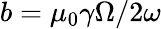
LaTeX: b=\mu_{0}\gamma\Omega/2\omega